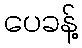
ပေခန့်